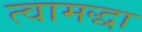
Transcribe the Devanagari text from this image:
त्वामद्धा